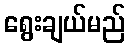
ရွေးချယ်မည်